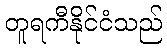
တူရကီနိုင်ငံသည်